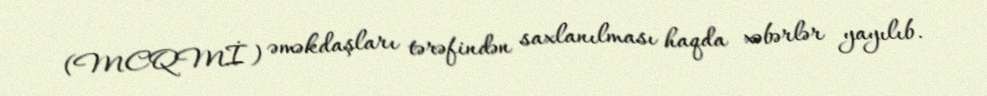
(MCQMİ) əməkdaşları tərəfindən saxlanılması haqda xəbərlər yayılıb.